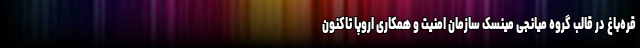
قره‌باغ در قالب گروه میانجی مینسک سازمان امنیت و همکاری اروپا تاکنون